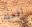
افعله